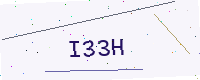
Text: I33H